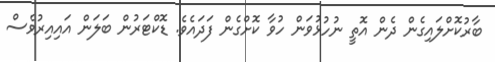
ބާރުކޮށްލައިގެން ދެން އޮތީ ނުހުޅުވަން ހުވާ ކޮށްގެން ފަދައެވެ. ޑޮކްޓަރުން ބަލަން އައިއިރުވެސް